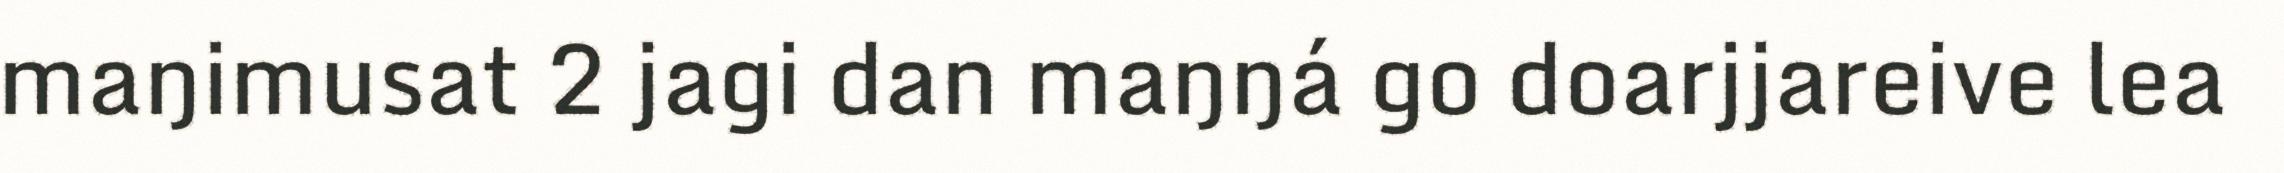
maŋimusat 2 jagi dan maŋŋá go doarjjareive lea